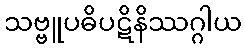
သဗ္ဗူပဓိပဋိနိဿဂ္ဂါယ